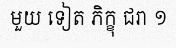
មួយ ទៀត ភិក្ខុ ជរា ១